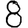
Digit: 8